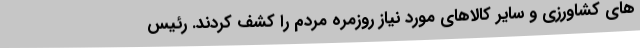
های کشاورزی و سایر کالاهای مورد نیاز روزمره مردم را کشف کردند. رئیس